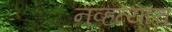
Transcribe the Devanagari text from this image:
नव्हत्याच